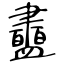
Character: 衋